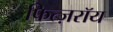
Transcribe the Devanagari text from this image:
फित्ज़रॉय